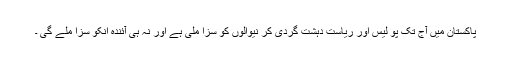
پاکستان میں آج تک پو لیس اور ریاست دہشت گردی کر نیوالوں کو سزا ملی ہے اور نہ ہی آئندہ انکو سزا ملے گی ۔